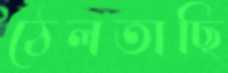
ঠেলতাছি